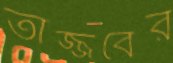
তাজ্জবের